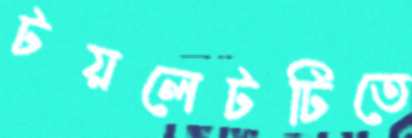
টয়লেটটিতে